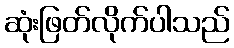
ဆုံးဖြတ်လိုက်ပါသည်